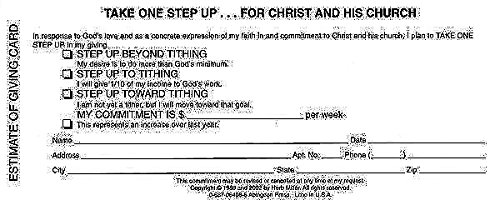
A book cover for New Consecration Sunday Estimate of Giving Card (Pkg of 100); Christian Books & Bibles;